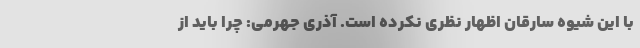
با این شیوه سارقان اظهار نظری نکرده است. آذری جهرمی: چرا باید از